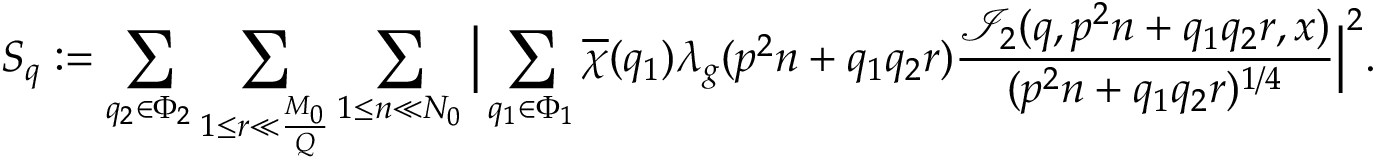
S _ { q } : = \sum _ { q _ { 2 } \in \Phi _ { 2 } } \sum _ { 1 \leq r \ll \frac { M _ { 0 } } { Q } } \sum _ { 1 \leq n \ll N _ { 0 } } \Big | \sum _ { q _ { 1 } \in \Phi _ { 1 } } \overline { { \chi } } ( q _ { 1 } ) \lambda _ { g } ( p ^ { 2 } n + q _ { 1 } q _ { 2 } r ) \frac { \mathcal { I } _ { 2 } ( q , p ^ { 2 } n + q _ { 1 } q _ { 2 } r , x ) } { ( p ^ { 2 } n + q _ { 1 } q _ { 2 } r ) ^ { 1 / 4 } } \Big | ^ { 2 } .